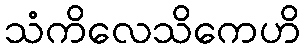
သံကိလေသိကေဟိ